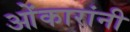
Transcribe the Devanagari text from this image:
ओंकारांनी